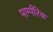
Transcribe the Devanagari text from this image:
पार्म्परिक